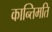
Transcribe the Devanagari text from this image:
कान्तिमति